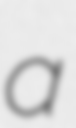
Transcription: a